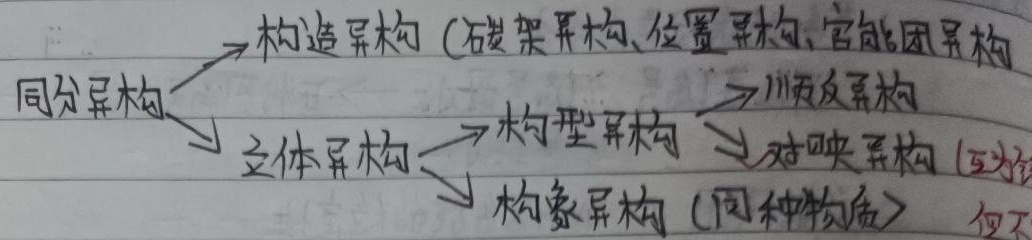
同分异构$\searrow$  $\swarrow$构造异构 (碳架异构、位置异构、官能团异构)
立体异构$\searrow$  $\swarrow$构型异构  构象异构 (同种物质)$\searrow$  $\swarrow$顺反异构  对映异构 (互为镜但不